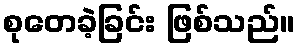
စုတေခဲ့ခြင်း ဖြစ်သည်။